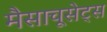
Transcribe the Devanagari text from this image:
मैसाचूसेट्स